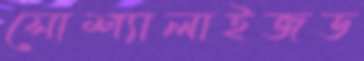
সোশ্যালাইজড